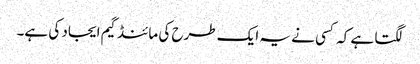
لگتا ہے کہ کسی نے یہ ایک طرح کی مائنڈ گیم ایجاد کی ہے۔